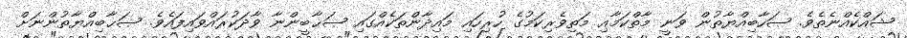
ޝައްކެއްނެތެވެ. ޞަހާބިއްޔާތުން ވަނީ މާތްކަމާއި މަތިވެރިކަމުގެ ހުރިހައި މައިދާންތަކެއްގައި ޞަޙާބީންނާ ވާދަކުރައްވައިފައެވެ. ޞަޙާބިއްޔާތުންނަށް